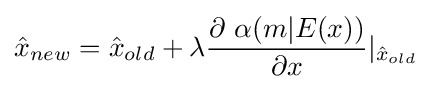
{\hat {x}}_{new}={\hat {x}}_{old}+\lambda {\frac {\partial \ \alpha (m\vert E(x))}{\partial x}}|_{{\hat {x}}_{old}}